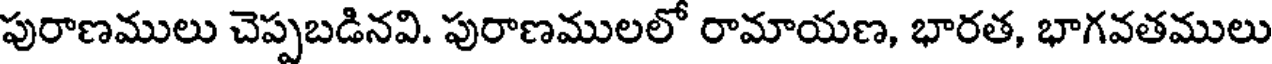
పురాణములు చెప్పబడినవి. పురాణములలో రామాయణ, భారత, భాగవతములు